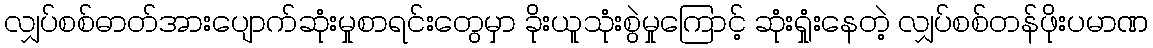
လျှပ်စစ်ဓာတ်အားပျောက်ဆုံးမှုစာရင်းတွေမှာ ခိုးယူသုံးစွဲမှုကြောင့် ဆုံးရှုံးနေတဲ့ လျှပ်စစ်တန်ဖိုးပမာဏ